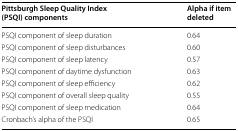
<table><thead><tr><td><b>Pittsburgh Sleep Quality Index (PSQI) components</b></td><td><b>Alpha if item deleted</b></td></tr></thead><tbody><tr><td>PSQI component of sleep duration</td><td>0.64</td></tr><tr><td>PSQI component of sleep disturbances</td><td>0.60</td></tr><tr><td>PSQI component of sleep latency</td><td>0.57</td></tr><tr><td>PSQI component of daytime dysfunction</td><td>0.63</td></tr><tr><td>PSQI component of sleep efficiency</td><td>0.62</td></tr><tr><td>PSQI component of overall sleep quality</td><td>0.55</td></tr><tr><td>PSQI component of sleep medication</td><td>0.64</td></tr><tr><td>Cronbach’s alpha of the PSQI</td><td>0.65</td></tr></tbody></table>